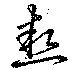
熱